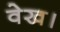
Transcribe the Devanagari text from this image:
वेख।